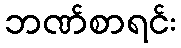
ဘဏ်စာရင်း